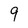
Character: 9